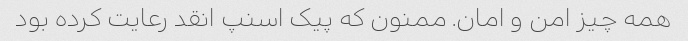
همه چیز امن و امان. ممنون که پیک اسنپ انقد رعایت کرده بود